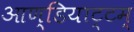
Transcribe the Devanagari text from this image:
आण्डियाट्टम्